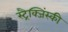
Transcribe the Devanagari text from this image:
स्ट्रैक्जिंस्की